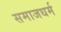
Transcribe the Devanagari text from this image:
समाजधर्म